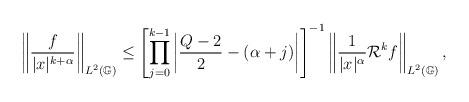
LaTeX: \begin{align*}\left\|\frac{f}{|x|^{k+\alpha}}\right\|_{L^{2}(\mathbb{G})}\leq\left[\prod_{j=0}^{k-1}\left|\frac{Q-2}{2}-(\alpha+j)\right|\right]^{-1}\left\|\frac{1}{|x|^{\alpha}}\mathcal{R} ^{k}f\right\|_{L^{2}(\mathbb{G})},\end{align*}